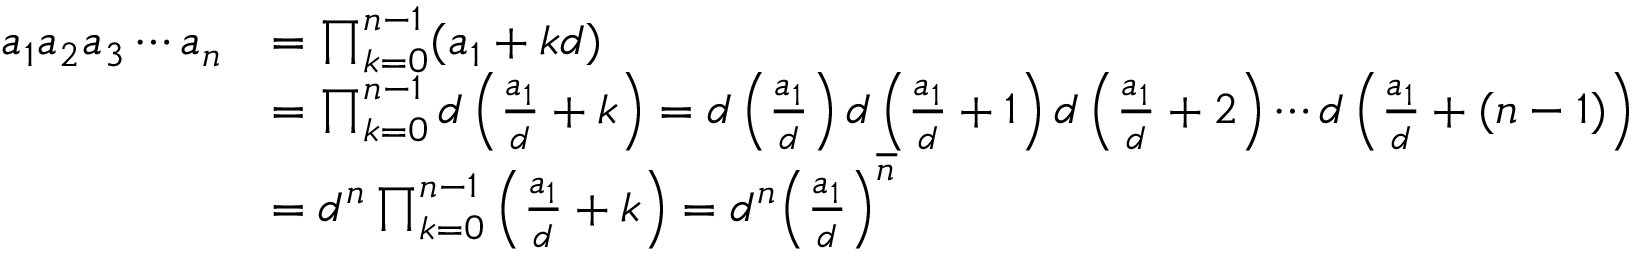
{ \begin{array} { r l } { a _ { 1 } a _ { 2 } a _ { 3 } \cdots a _ { n } } & { = \prod _ { k = 0 } ^ { n - 1 } ( a _ { 1 } + k d ) } \\ & { = \prod _ { k = 0 } ^ { n - 1 } d \left( { \frac { a _ { 1 } } { d } } + k \right) = d \left( { \frac { a _ { 1 } } { d } } \right) d \left( { \frac { a _ { 1 } } { d } } + 1 \right) d \left( { \frac { a _ { 1 } } { d } } + 2 \right) \cdots d \left( { \frac { a _ { 1 } } { d } } + ( n - 1 ) \right) } \\ & { = d ^ { n } \prod _ { k = 0 } ^ { n - 1 } \left( { \frac { a _ { 1 } } { d } } + k \right) = d ^ { n } { \left( { \frac { a _ { 1 } } { d } } \right) } ^ { \overline { { n } } } } \end{array} }